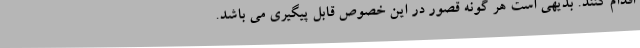
اقدام کنند. بدیهی است هر گونه قصور در این خصوص قابل پیگیری می باشد.